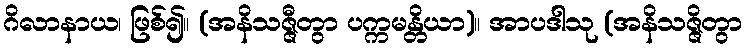
ဂိလာနာယ၊ ဖြစ်၍။ (အနိသဇ္ဇီတွာ ပက္ကမန္တိယာ)။ အာပဒါသု (အနိသဇ္ဇိတွာ